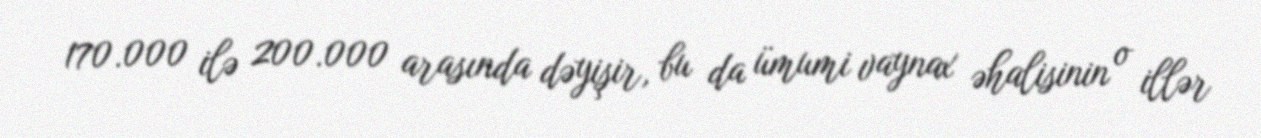
170.000 ilə 200.000 arasında dəyişir, bu da ümumi vaynax əhalisinin o illər